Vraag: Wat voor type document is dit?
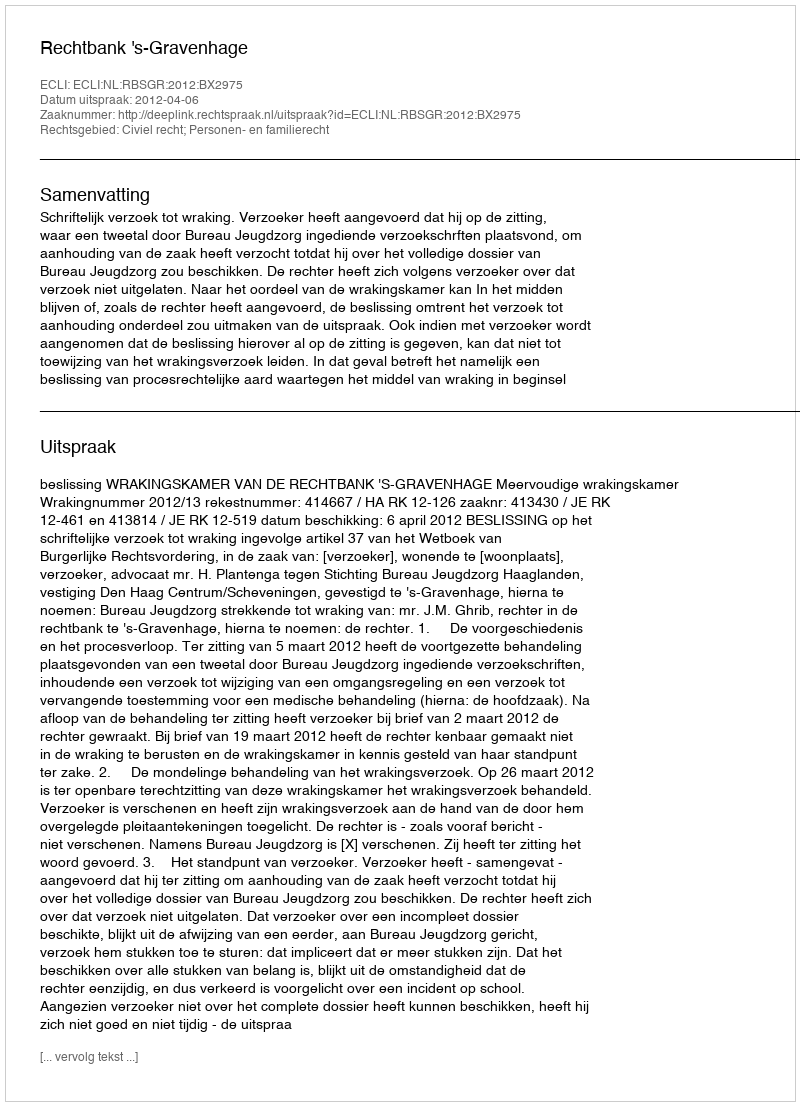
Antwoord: Uitspraak